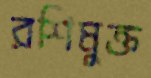
রশিমুক্ত